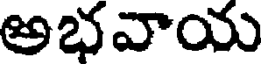
అభవాయ